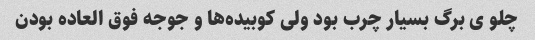
چلو ی برگ بسیار چرب بود ولی کوبیده‌ها و جوجه فوق العاده بودن